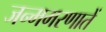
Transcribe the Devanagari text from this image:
जन्ममरणातें